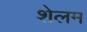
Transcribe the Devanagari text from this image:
शेलम